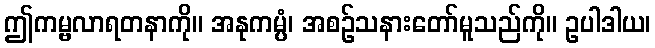
ဤကမ္ဗလာရတနာကို။ အနုကမ္ပံ၊ အစဉ်သနားတော်မူသည်ကို။ ဥပါဒါယ၊